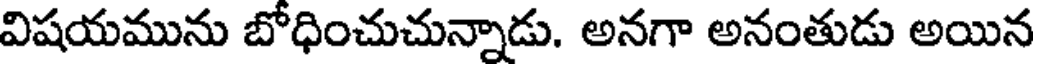
విషయమును బోధించుచున్నాడు. అనగా అనంతుడు అయిన